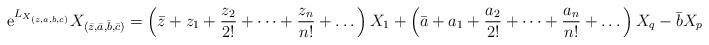
LaTeX: \begin{align*} {\rm e}^{L_{X_{(z,a,b,c)}} } X_{(\bar{z},\bar{a},\bar{b},\bar{c})}= \left( \bar{z} + z_1 + \frac{ z_2}{2!} + \dots + \frac{ z_n}{n!} + \dots \right) X_{1} + \left( \bar{a} + a_1 + \frac{a_{2}}{2!} + \dots + \frac{a_{n}}{n!} + \dots \right)X_{q} - \bar{b} X_{p} + \bar{c}\, X_{S}\,,\end{align*}